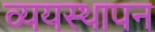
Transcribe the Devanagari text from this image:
व्ययस्थापन